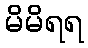
မိမိရရ